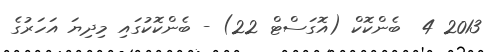
2013 4  ބެންކޮކް (އޮގަސްޓް 22) - ބެންކޮކުގައި މިދިޔަ އަހަރުގެ